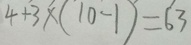
4 + 3 \times ( 1 0 - 1 ) = 6 3